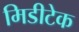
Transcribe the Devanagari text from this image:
मिडीटेक